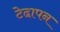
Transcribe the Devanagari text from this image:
टेढा़पन